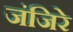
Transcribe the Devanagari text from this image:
जंजिरे